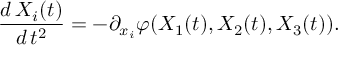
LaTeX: \frac { d \, X _ { i } ( t ) } { d \, t ^ { 2 } } = - \partial _ { x _ { i } } \varphi ( X _ { 1 } ( t ) , X _ { 2 } ( t ) , X _ { 3 } ( t ) ) .